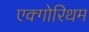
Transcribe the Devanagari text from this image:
एक्गोरिथम